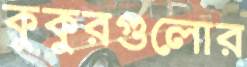
কুকুরগুলোর